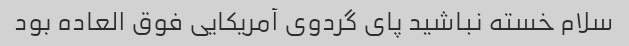
سلام خسته نباشید پای گردوی آمریکایی فوق العاده بود